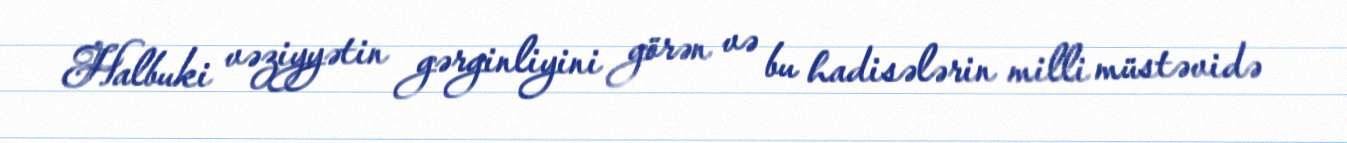
Halbuki vəziyyətin gərginliyini görən və bu hadisələrin milli müstəvidə